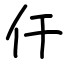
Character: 仠